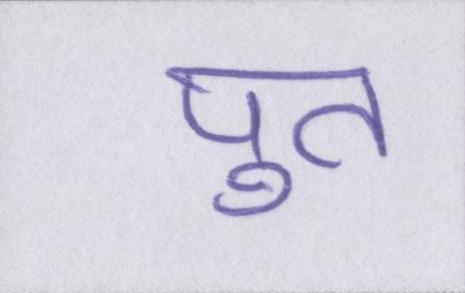
पुत